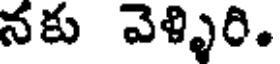
నకు వెళ్ళిరి.